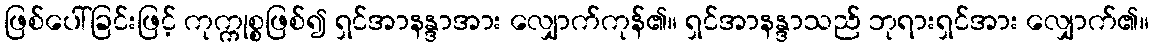
ဖြစ်ပေါ်ခြင်းဖြင့် ကုက္ကုစ္စဖြစ်၍ ရှင်အာနန္ဒာအား လျှောက်ကုန်၏။ ရှင်အာနန္ဒာသည် ဘုရားရှင်အား လျှောက်၏။